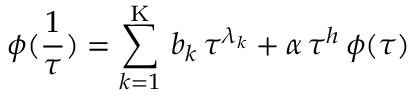
\phi ( \frac { 1 } { \tau } ) = \sum _ { k = 1 } ^ { \mathrm { K } } \, b _ { k } \, \tau ^ { \lambda _ { k } } + \alpha \, \tau ^ { h } \, \phi ( \tau )